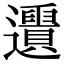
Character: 𨙑